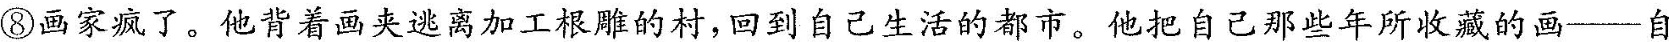
⑧画家疯了。他背着画夹逃离加工根雕的村，回到自己生活的都市。他把自己那些年所收藏的画一自